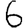
Digit: 6